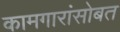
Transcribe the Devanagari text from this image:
कामगारांसोबत